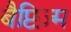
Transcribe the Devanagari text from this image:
बैप्टिज़्म